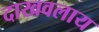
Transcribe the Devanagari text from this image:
दाखवलाय